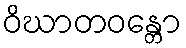
ဝိဃာတဝန္တော